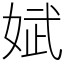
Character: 娬